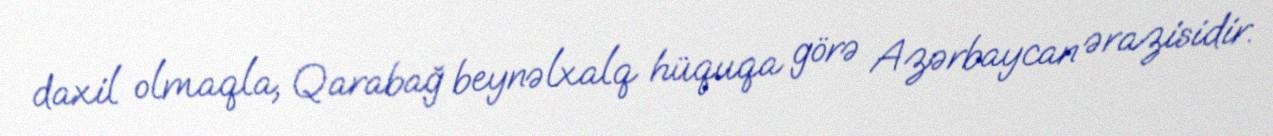
daxil olmaqla, Qarabağ beynəlxalq hüquqa görə Azərbaycan ərazisidir.